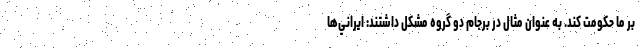
بر ما حكومت كند. به عنوان مثال در برجام دو گروه مشكل داشتند: ايراني‌ها